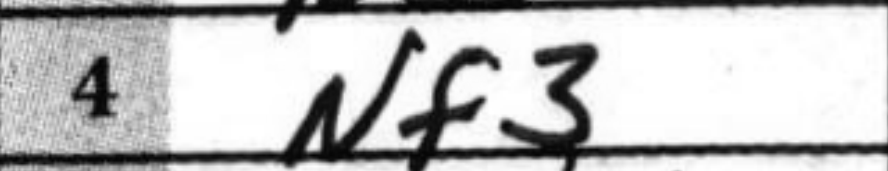
Transcription: Nf3